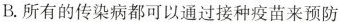
B.所有的传染病都可以通过接种疫苗来预防